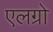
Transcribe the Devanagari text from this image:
एलग्रो